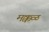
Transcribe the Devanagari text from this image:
मक्कळ